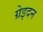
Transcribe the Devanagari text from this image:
ग्रेइदन